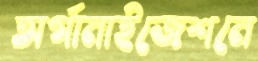
অর্গানাইজেশনে